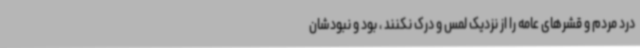
درد مردم و قشرهای عامه را از نزدیک لمس و درک نکنند ، بود و نبودشان